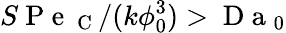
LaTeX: S\mathrm{~P~e~}_{\mathrm{~C~}}/(k\phi_{0}^{3})>\mathrm{~D~a~}_{0}